Civil Veterinary Department. Madras. Admin. report 1910-25 - 1910-1925
Year: 1910
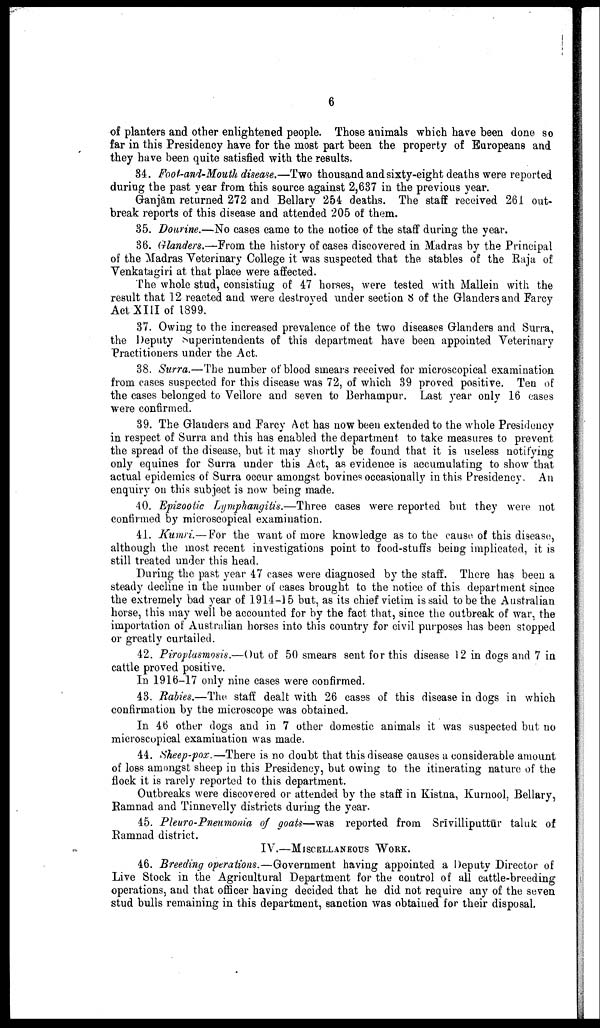
6
of planters and other enlightened people. Those animals which have been done so
far in this Presidency have for the most part been the property of Europeans and
they have been quite satisfied with the results,
34. Foot-and-Mouth disease.—Two thousand and sixty-eight deaths were reported
during the past year from this source against 2,637 in the previous year.
Ganjam returned 272 and Bellary 254 deaths. The staff received 261 out
break reports of this disease and attended 205 of them.
35. Dourine.—No cases came to the notice of the staff during the year.
36. Glanders.—From the history of cases discovered in Madras by the Principal
of the Madras Veterinary College it was suspected that the stables of the Raja of
Venkatagiri at that place were affected.
The whole stud, consisting of 47 horses, were tested with Mallein with the
result that 12 reacted and were destroyed under section 8 of the Glanders and Farcy
Act XIII of 1899.
37. Owing to the increased prevalence of the two diseases Glanders and Surra,
the Deputy Superintendents of this department have been appointed Veterinary
Practitioners under the Act.
38. Surra.—The number of blood smears received for microscopical examination
from cases suspected for this disease was 72, of which 39 proved positive. Ten of
the cases belonged to Vellore and seven to Berhampur. Last year only 16 cases
were confirmed.
39. The Glanders and Farcy Act has now been extended to the whole Presidency
in respect of Surra and this has enabled the department to take measures to prevent
the spread of the disease, but it may shortly be found that it is useless notifying
only equines for Surra under this Act, as evidence is accumulating to show that
actual epidemics of Surra occur amongst bovines occasionally in this Presidency. An
enquiry on this subject is now being made.
40. Epizootic Lymphangitis.—Three cases were reported but they were not
confirmed by microscopical examination.
41. Kumri.— For the want of more knowledge as to the cause of this disease,
although the most recent investigations point to food-stuffs being implicated, it is
still treated under this head.
During the past year 47 cases were diagnosed by the staff. There has been a
steady decline in the number of cases brought to the notice of this department since
the extremely bad year of 1914-15 but, as its chief victim is said to be the Australian
horse, this may well be accounted for by the fact that, since the outbreak of war, the
importation of Australian horses into this country for civil purposes has been stopped
or greatly curtailed.
42. Piroplasmosis.—Out of 50 smears sent for this disease 12 in dogs and 7 in
cattle proved positive.
In 1916-17 only nine cases were confirmed.
43. Rabies.—The. staff dealt with 26 cases of this disease in dogs in which
confirmation by the microscope was obtained.
In 46 other dogs and in 7 other domestic animals it was suspected but no
microscopical examination was made.
44. Sheep-pox.—There is no doubt that this disease causes a considerable amount
of loss amongst sheep in this Presidency, but owing to the itinerating nature of the
flock it is rarely reported to this department.
Outbreaks were discovered or attended by the staff in Kistna, Kurnool, Bellary,
Ramnad and Tinnevelly districts during the year.
45. Pleuro-Pneumonia of goats—was reported from Srīvilliputtūr taluk of
Ramnad district.
IV.—MISCELLANEOUS
WORK.
46. Breeding operations.—Government having appointed a Deputy Director of
Live Stock in the Agricultural Department for the control of all cattle-breeding
operations, and that officer having decided that he did not require any of the seven
stud bulls remaining in this department, sanction was obtained for their disposal.